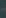
-